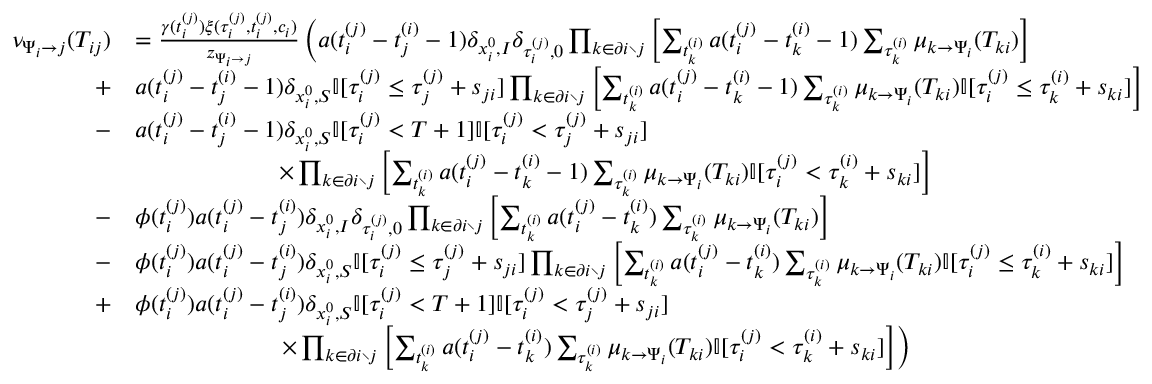
\begin{array} { r } { \begin{array} { r l } { \nu _ { \Psi _ { i } \to j } ( T _ { i j } ) } & { = \frac { \gamma ( t _ { i } ^ { ( j ) } ) \xi ( \tau _ { i } ^ { ( j ) } , t _ { i } ^ { ( j ) } , c _ { i } ) } { z _ { \Psi _ { i } \to j } } \left( a ( t _ { i } ^ { ( j ) } - t _ { j } ^ { ( i ) } - 1 ) \delta _ { x _ { i } ^ { 0 } , I } \delta _ { \tau _ { i } ^ { ( j ) } , 0 } \prod _ { k \in \partial i \setminus j } \left[ \sum _ { t _ { k } ^ { ( i ) } } a ( t _ { i } ^ { ( j ) } - t _ { k } ^ { ( i ) } - 1 ) \sum _ { \tau _ { k } ^ { ( i ) } } \mu _ { k \to \Psi _ { i } } ( T _ { k i } ) \right] \right. } \\ { + } & { a ( t _ { i } ^ { ( j ) } - t _ { j } ^ { ( i ) } - 1 ) \delta _ { x _ { i } ^ { 0 } , S } \mathbb { I } [ \tau _ { i } ^ { ( j ) } \leq \tau _ { j } ^ { ( j ) } + s _ { j i } ] \prod _ { k \in \partial i \setminus j } \left[ \sum _ { t _ { k } ^ { ( i ) } } a ( t _ { i } ^ { ( j ) } - t _ { k } ^ { ( i ) } - 1 ) \sum _ { \tau _ { k } ^ { ( i ) } } \mu _ { k \to \Psi _ { i } } ( T _ { k i } ) \mathbb { I } [ \tau _ { i } ^ { ( j ) } \leq \tau _ { k } ^ { ( i ) } + s _ { k i } ] \right] } \\ { - } & { a ( t _ { i } ^ { ( j ) } - t _ { j } ^ { ( i ) } - 1 ) \delta _ { x _ { i } ^ { 0 } , S } \mathbb { I } [ \tau _ { i } ^ { ( j ) } < T + 1 ] \mathbb { I } [ \tau _ { i } ^ { ( j ) } < \tau _ { j } ^ { ( j ) } + s _ { j i } ] } \\ & { \qquad \qquad \qquad \times \prod _ { k \in \partial i \setminus j } \left[ \sum _ { t _ { k } ^ { ( i ) } } a ( t _ { i } ^ { ( j ) } - t _ { k } ^ { ( i ) } - 1 ) \sum _ { \tau _ { k } ^ { ( i ) } } \mu _ { k \to \Psi _ { i } } ( T _ { k i } ) \mathbb { I } [ \tau _ { i } ^ { ( j ) } < \tau _ { k } ^ { ( i ) } + s _ { k i } ] \right] } \\ { - } & { \phi ( t _ { i } ^ { ( j ) } ) a ( t _ { i } ^ { ( j ) } - t _ { j } ^ { ( i ) } ) \delta _ { x _ { i } ^ { 0 } , I } \delta _ { \tau _ { i } ^ { ( j ) } , 0 } \prod _ { k \in \partial i \setminus j } \left[ \sum _ { t _ { k } ^ { ( i ) } } a ( t _ { i } ^ { ( j ) } - t _ { k } ^ { ( i ) } ) \sum _ { \tau _ { k } ^ { ( i ) } } \mu _ { k \to \Psi _ { i } } ( T _ { k i } ) \right] } \\ { - } & { \phi ( t _ { i } ^ { ( j ) } ) a ( t _ { i } ^ { ( j ) } - t _ { j } ^ { ( i ) } ) \delta _ { x _ { i } ^ { 0 } , S } \mathbb { I } [ \tau _ { i } ^ { ( j ) } \leq \tau _ { j } ^ { ( j ) } + s _ { j i } ] \prod _ { k \in \partial i \setminus j } \left[ \sum _ { t _ { k } ^ { ( i ) } } a ( t _ { i } ^ { ( j ) } - t _ { k } ^ { ( i ) } ) \sum _ { \tau _ { k } ^ { ( i ) } } \mu _ { k \to \Psi _ { i } } ( T _ { k i } ) \mathbb { I } [ \tau _ { i } ^ { ( j ) } \leq \tau _ { k } ^ { ( i ) } + s _ { k i } ] \right] } \\ { + } & { \phi ( t _ { i } ^ { ( j ) } ) a ( t _ { i } ^ { ( j ) } - t _ { j } ^ { ( i ) } ) \delta _ { x _ { i } ^ { 0 } , S } \mathbb { I } [ \tau _ { i } ^ { ( j ) } < T + 1 ] \mathbb { I } [ \tau _ { i } ^ { ( j ) } < \tau _ { j } ^ { ( j ) } + s _ { j i } ] } \\ & { \left. \qquad \qquad \qquad \times \prod _ { k \in \partial i \setminus j } \left[ \sum _ { t _ { k } ^ { ( i ) } } a ( t _ { i } ^ { ( j ) } - t _ { k } ^ { ( i ) } ) \sum _ { \tau _ { k } ^ { ( i ) } } \mu _ { k \to \Psi _ { i } } ( T _ { k i } ) \mathbb { I } [ \tau _ { i } ^ { ( j ) } < \tau _ { k } ^ { ( i ) } + s _ { k i } ] \right] \right) } \end{array} } \end{array}